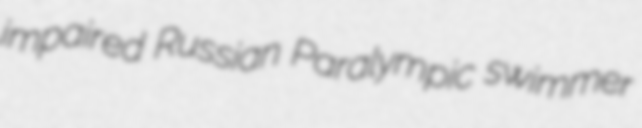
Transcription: impaired Russian Paralympic swimmer